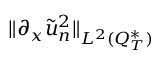
\lVert \partial _ { x } \tilde { u } _ { n } ^ { 2 } \rVert _ { L ^ { 2 } ( Q _ { T } ^ { * } ) }